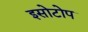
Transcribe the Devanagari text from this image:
इसोटोप